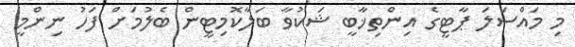
މި މައްސަލަ ޕާޓީގެ އިންތިޚާބީ ޝަކުވާ ބަލާކޮމިޓީން ބެލުމަށް ފަހު ނިންމީ